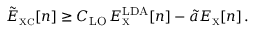
\tilde { E } _ { \scriptscriptstyle \mathrm { X C } } [ n ] \geq C _ { \mathrm { L O } } \, E _ { \scriptscriptstyle \mathrm { X } } ^ { \mathrm { L D A } } [ n ] - \tilde { a } E _ { \scriptscriptstyle \mathrm { X } } [ n ] \, .